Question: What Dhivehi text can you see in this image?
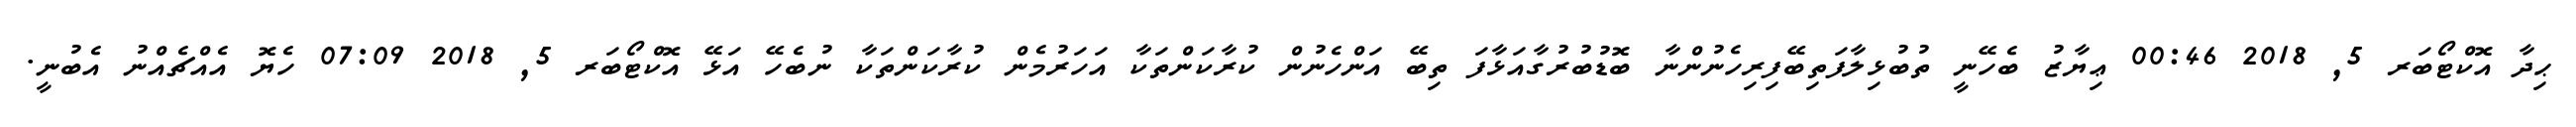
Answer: ޙިދާ އޮކްޓޯބަރ 5, 2018 00:46 ޢިޔާޒު ބެހޭނީ ތުބުޅިލާފަތިބޭފިރިހެނުންނާ ބޮޑުބުރުގާއަޅާފަ ތިބޭ އަންހެނުން ކުރާކަންތަކާ އަހަރުމެން ކުރާކަންތަކާ ނުބެހޭ އަޅޭ އޮކްޓޯބަރ 5, 2018 07:09 ހެޔޮ އެއްޗެއްނު އެބުނީ.